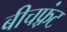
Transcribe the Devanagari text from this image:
बीचफ़्रंट